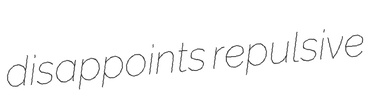
disappoints repulsive